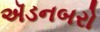
ઍડનબરો